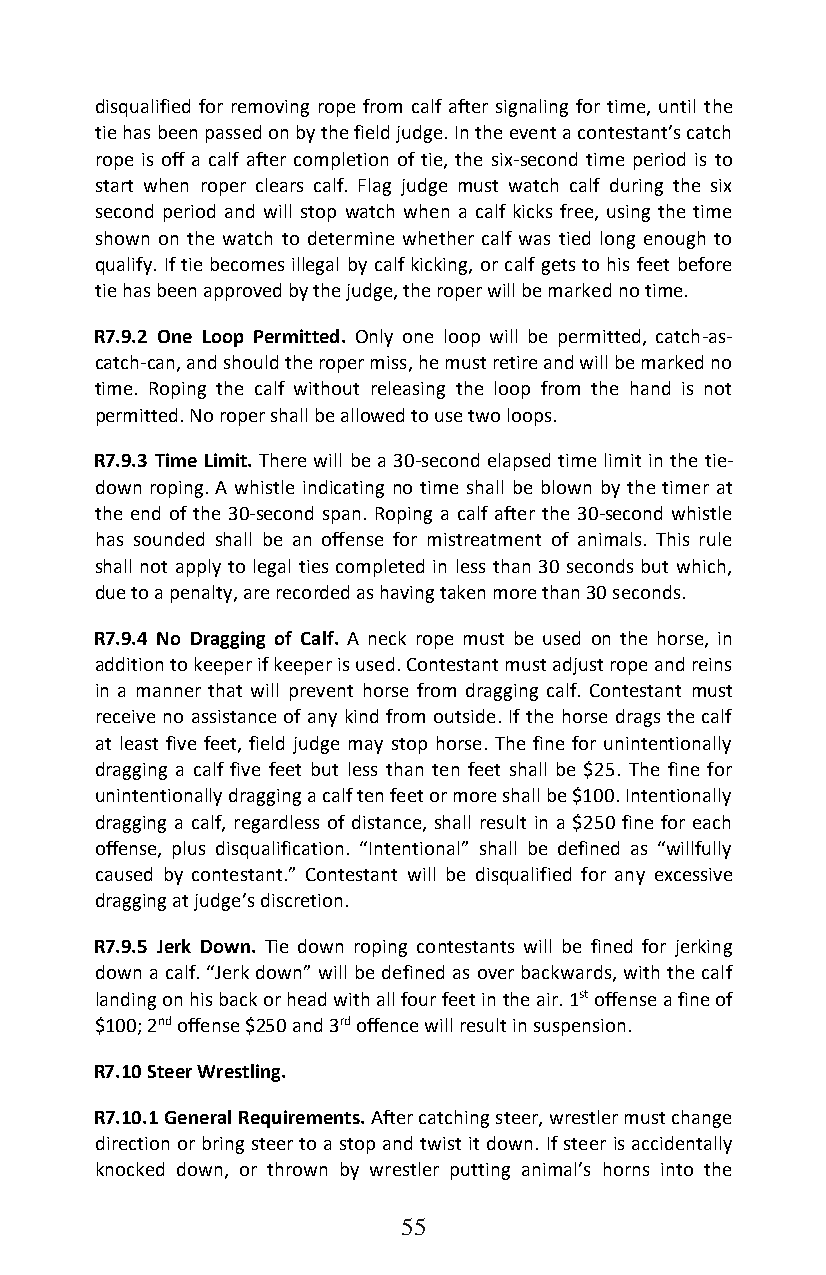
disqualified for removing rope from calf after signaling for time, until the
 tie has been passed on by the field judge. In the event a contestant’s catch
 rope is off a calf after completion of tie, the six-second time period is to
 start when roper clears calf. Flag judge must watch calf during the six
 second period and will stop watch when a calf kicks free, using the time
 shown on the watch to determine whether calf was tied long enough to
 qualify. If tie becomes illegal by calf kicking, or calf gets to his feet before
 tie has been approved by the judge, the roper will be marked no time.
 R7.9.2 One Loop Permitted. Only one loop will be permitted, catch-as-
 catch-can, and should the roper miss, he must retire and will be marked no
 time. Roping the calf without releasing the loop from the hand is not
 permitted. No roper shall be allowed to use two loops.
 R7.9.3 Time Limit. There will be a 30-second elapsed time limit in the tie-
 down roping. A whistle indicating no time shall be blown by the timer at
 the end of the 30-second span. Roping a calf after the 30-second whistle
 has sounded shall be an offense for mistreatment of animals. This rule
 shall not apply to legal ties completed in less than 30 seconds but which,
 due to a penalty, are recorded as having taken more than 30 seconds.
 R7.9.4 No Dragging of Calf. A neck rope must be used on the horse, in
 addition to keeper if keeper is used. Contestant must adjust rope and reins
 in a manner that will prevent horse from dragging calf. Contestant must
 receive no assistance of any kind from outside. If the horse drags the calf
 at least five feet, field judge may stop horse. The fine for unintentionally
 dragging a calf five feet but less than ten feet shall be $25. The fine for
 unintentionally dragging a calf ten feet or more shall be $100. Intentionally
 dragging a calf, regardless of distance, shall result in a $250 fine for each
 offense, plus disqualification. “Intentional” shall be defined as “willfully
 caused by contestant.” Contestant will be disqualified for any excessive
 dragging at judge’s discretion.
 R7.9.5 Jerk Down. Tie down roping contestants will be fined for jerking
 down a calf. “Jerk down” will be defined as over backwards, with the calf
 landing on his back or head with all four feet in the air. 1st offense a fine of
 $100; 2nd offense $250 and 3rd offence will result in suspension.
 R7.10 Steer Wrestling.
 R7.10.1 General Requirements. After catching steer, wrestler must change
 direction or bring steer to a stop and twist it down. If steer is accidentally
 knocked down, or thrown by wrestler putting animal’s horns into the
 55